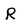
Character: R